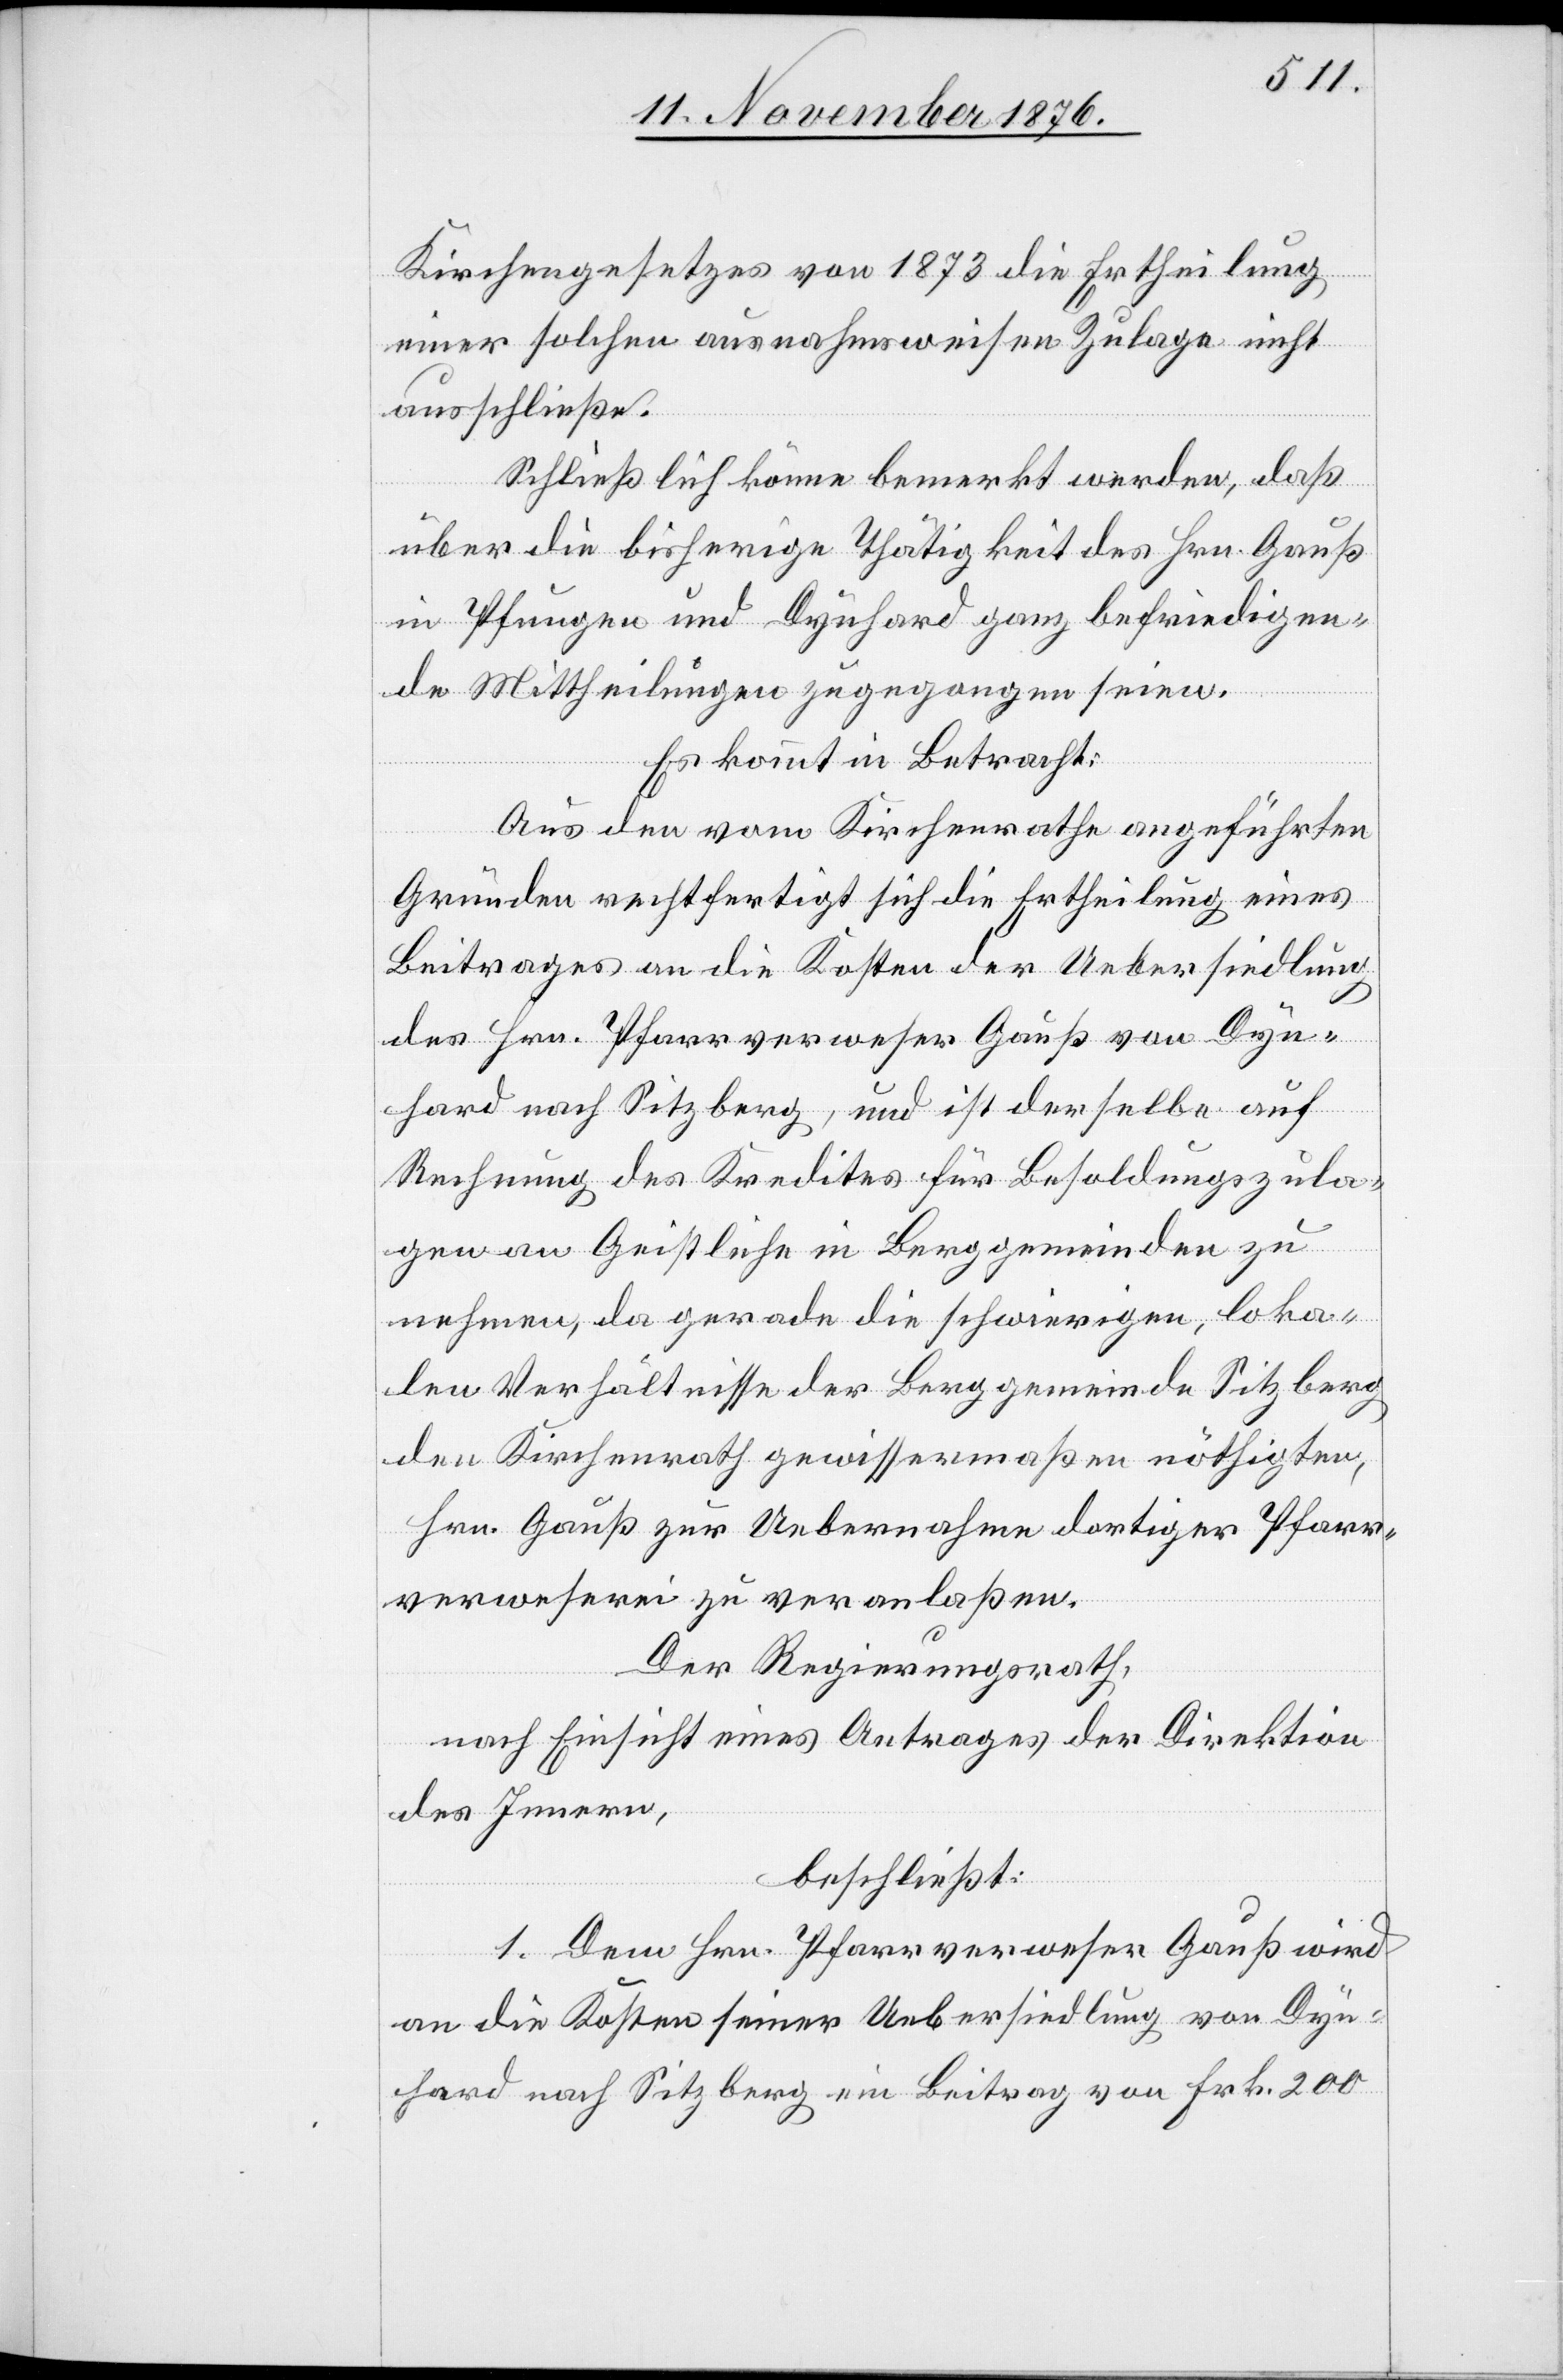
Kirchengesetzes von 1873 die Ertheilung
einer solchen ausnahmsweisen Zulage nicht
ausschließe.
Schließlich könne bemerkt werden, daß
über die bisherige Thätigkeit des Hrn. Gauß
in Pfungen und Dynhard ganz befriedigen¬
de Mittheilungen zugegangen seien.
Es kommt in Betracht:
Aus den vom Kirchenrathe angeführten
Gründen rechtfertigt sich die Ertheilung eines
Beitrages an die Kosten der Uebersiedlung
des Hrn. Pfarrverweser Gauß von Dyn¬
hard nach Sitzberg, und ist derselbe auf
Rechnung des Kredites für Besoldungszula¬
gen an Geistliche in Berggemeinden zu
nehmen, da gerade die schwierigen, loka¬
len Verhältnisse der Berggemeinde Sitzberg
den Kirchenrath gewissermaßen nöthigten,
Hrn. Gauß zur Uebernahme dortiger Pfarr¬
verweserei zu veranlaßen.
Der Regierungsrath,
nach Einsicht eines Antrages der Direktion
des Innern,
beschließt:
1. Dem Hrn. Pfarrverweser Gauß wird
an die Kosten seiner Uebersiedlung von Dyn¬
hard nach Sitzberg ein Beitrag von Frk. 200